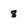
Character: 8